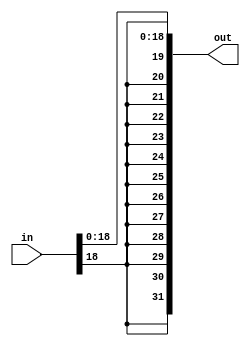
module C_sign_extend(
  input [31:0] in,
  output reg [31:0] out
);
 
  always @ (*) begin
    out <= {{13{in[18]}},{in[18:0]}};
  end
endmodule